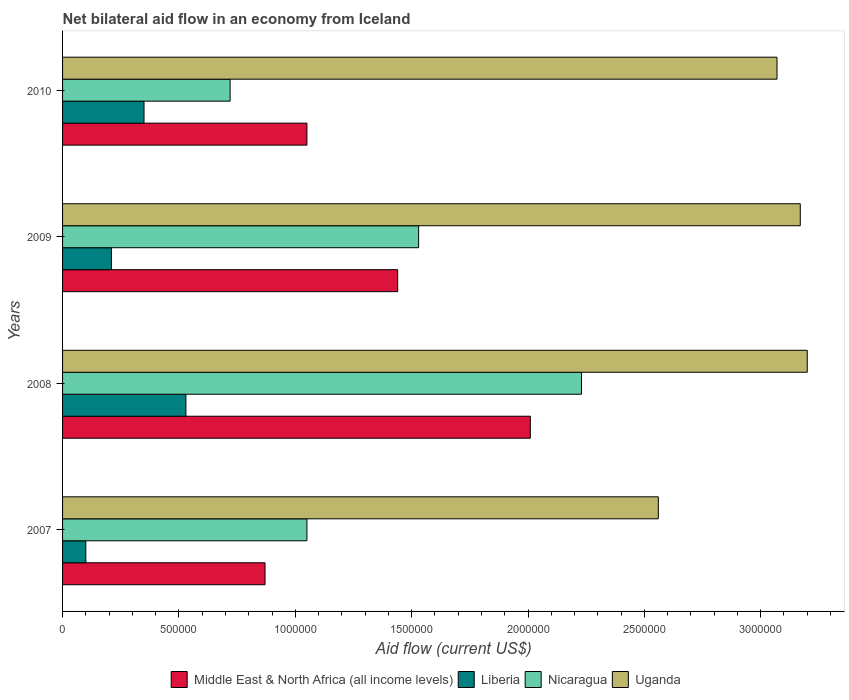
| Years | Middle East & North Africa (all income levels) | Liberia | Nicaragua | Uganda |
 | --- | --- | --- | --- | --- |
 | 2007 | 8.7e+05 | 1e+05 | 1.05e+06 | 2.56e+06 |
 | 2008 | 2.01e+06 | 5.3e+05 | 2.23e+06 | 3.2e+06 |
 | 2009 | 1.44e+06 | 2.1e+05 | 1.53e+06 | 3.17e+06 |
 | 2010 | 1.05e+06 | 3.5e+05 | 7.2e+05 | 3.07e+06 |